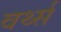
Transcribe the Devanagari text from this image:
वर्थ्स